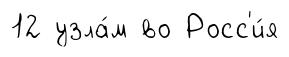
12 узла́м во Росс'и́я